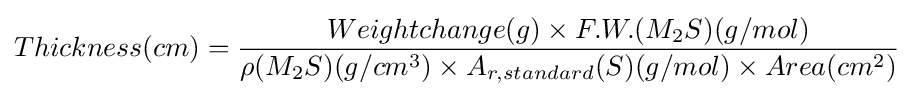
Thickness(cm)={Weightchange(g)\times F.W.(M_{2}S)(g/mol) \over \rho (M_{2}S)(g/cm^{3})\times A_{r,standard}(S)(g/mol)\times Area(cm^{2})}